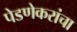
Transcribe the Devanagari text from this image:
पेडणेकरांचा